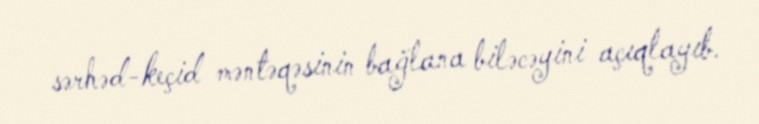
sərhəd-keçid məntəqəsinin bağlana biləcəyini açıqlayıb.